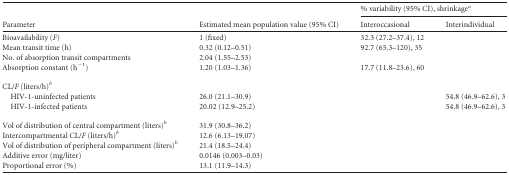
| <ROWSPAN=2> Parameter | <ROWSPAN=2> Estimated mean population value (95% CI) | <COLSPAN=2> % variability (95% CI), shrinkagea |
 | Interoccasional | Interindividual |
 | --- | --- | --- | --- |
 | Bioavailability (F) | 1 (fixed) | 32.3 (27.2–37.4), 12 |  |
 | Mean transit time (h) | 0.32 (0.12–0.51) | 92.7 (65.3–120), 35 |  |
 | No. of absorption transit compartments | 2.04 (1.55–2.53) |  |  |
 | Absorption constant (h−1) | 1.20 (1.03–1.36) | 17.7 (11.8–23.6), 60 |  |
 | CL/F (liters/h)b |  |  |  |
 | HIV-1-uninfected patients | 26.0 (21.1–30.9) |  | 54.8 (46.9–62.6), 3 |
 | HIV-1-infected patients | 20.02 (12.9–25.2) |  | 54.8 (46.9–62.6), 3 |
 | Vol of distribution of central compartment (liters)b | 31.9 (30.8–36.2) |  |  |
 | Intercompartmental CL/F (liters/h)b | 12.6 (6.13–19.07) |  |  |
 | Vol of distribution of peripheral compartment (liters)b | 21.4 (18.5–24.4) |  |  |
 | Additive error (mg/liter) | 0.0146 (0.003–0.03) |  |  |
 | Proportional error (%) | 13.1 (11.9–14.3) |  |  |